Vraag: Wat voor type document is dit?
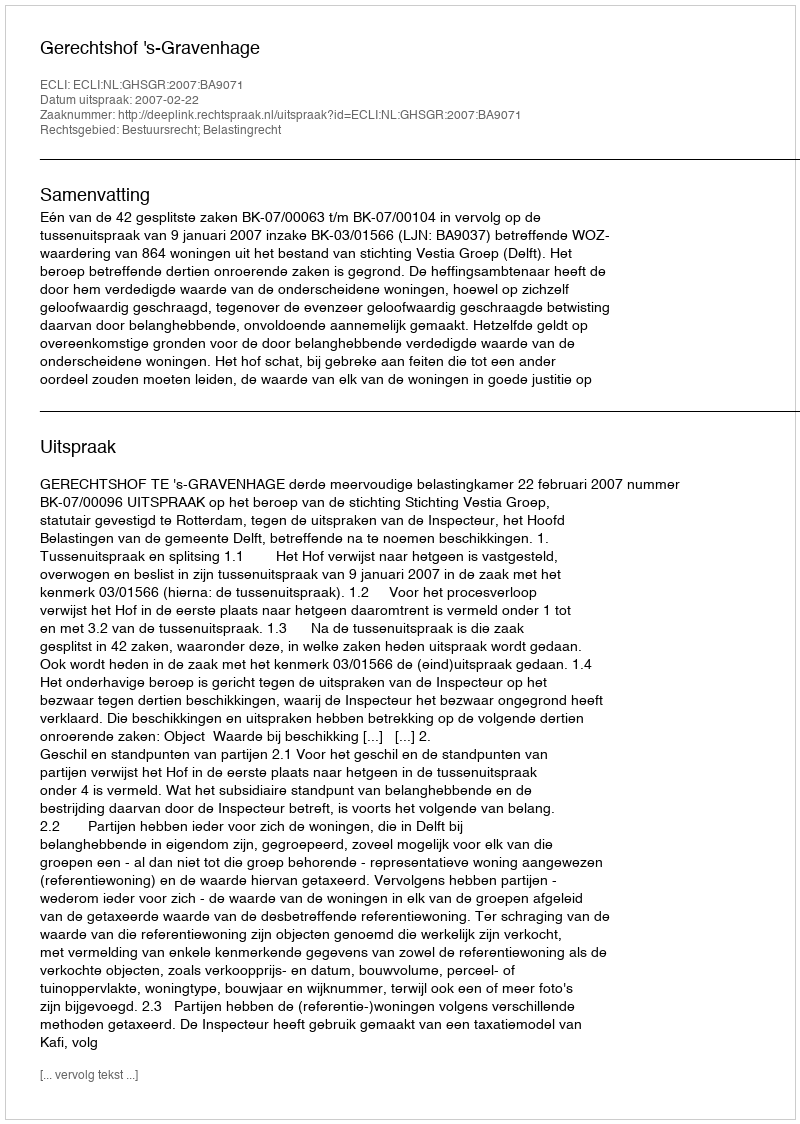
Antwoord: Uitspraak